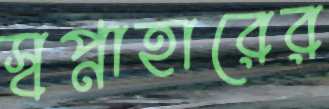
স্বপ্নাহারের